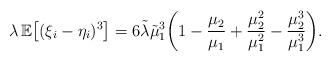
LaTeX: \begin{align*} \lambda\,\mathbb E \bigl[(\xi_i-\eta_i)^3 \bigr] =6\tilde\lambda\tilde\mu_1^3 \biggl(1-\frac{\mu_2}{\mu_1}+\frac{\mu_2^2}{\mu_1^2} -\frac{\mu_2^3}{\mu_1^3} \biggr).\end{align*}